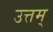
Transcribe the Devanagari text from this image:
उत्तम्